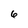
Character: 6